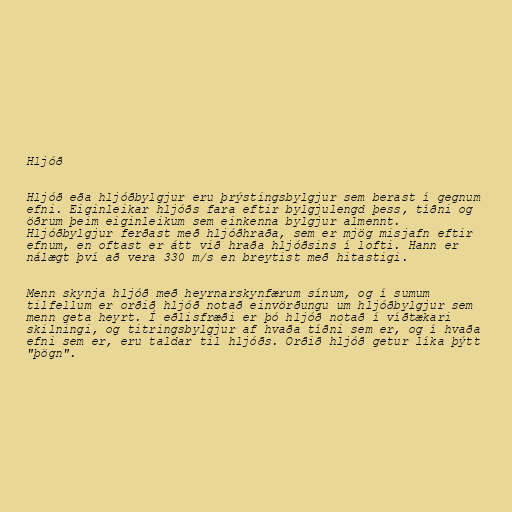
Hljóð

Hljóð eða hljóðbylgjur eru þrýstingsbylgjur sem berast í gegnum
efni. Eiginleikar hljóðs fara eftir bylgjulengd þess, tíðni og
öðrum þeim eiginleikum sem einkenna bylgjur almennt.
Hljóðbylgjur ferðast með hljóðhraða, sem er mjög misjafn eftir
efnum, en oftast er átt við hraða hljóðsins í lofti. Hann er
nálægt því að vera 330 m/s en breytist með hitastigi.

Menn skynja hljóð með heyrnarskynfærum sínum, og í sumum
tilfellum er orðið hljóð notað einvörðungu um hljóðbylgjur sem
menn geta heyrt. Í eðlisfræði er þó hljóð notað í víðtækari
skilningi, og titringsbylgjur af hvaða tíðni sem er, og í hvaða
efni sem er, eru taldar til hljóðs. Orðið hljóð getur líka þýtt
"þögn".